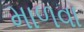
માળવા